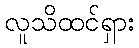
လူသိထင်ရှား